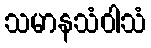
သမာနသံဝါသံ